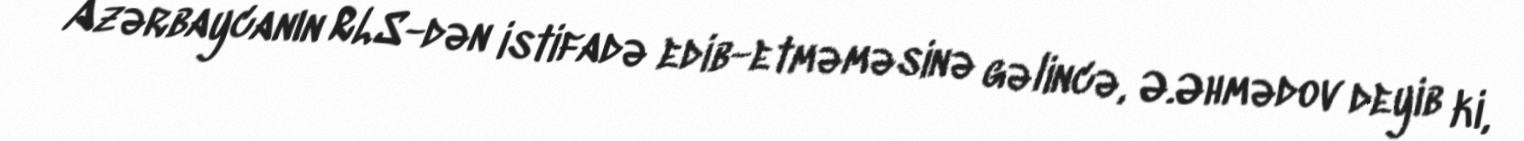
Azərbaycanın RLS-dən istifadə edib-etməməsinə gəlincə, Ə.Əhmədov deyib ki,